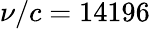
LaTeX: \nu/c=14196